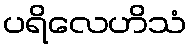
ပရိလေဟိသံ